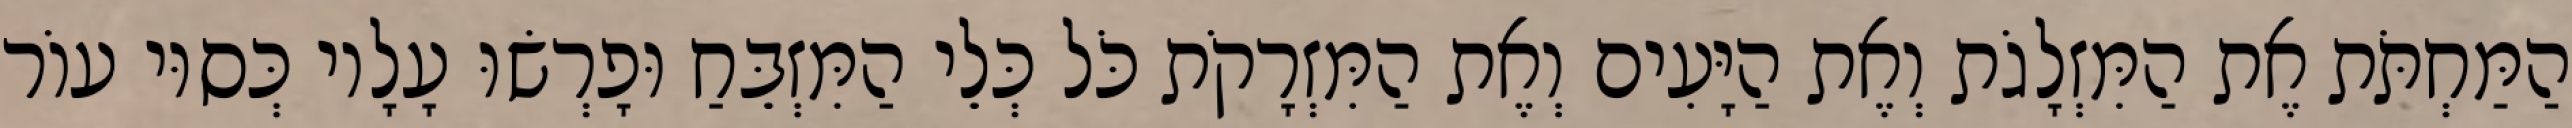
הַמַּחְתֹּת אֶת הַמִּזְלָגֹת וְאֶת הַיָּעִים וְאֶת הַמִּזְרָקֹת כֹּל כְּלֵי הַמִּזְבֵּחַ וּפָרְשׂוּ עָלָיו כְּסוּי עוֹר